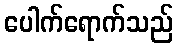
ပေါက်ရောက်သည်